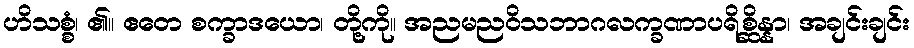
ဟိသစ္စံ၊ ၏။ ဧတေ စက္ခာဒယော၊ တို့ကို။ အညမညဝိသဘာဂလက္ခဏာပရိစ္ဆိန္နာ၊ အချင်းချင်း